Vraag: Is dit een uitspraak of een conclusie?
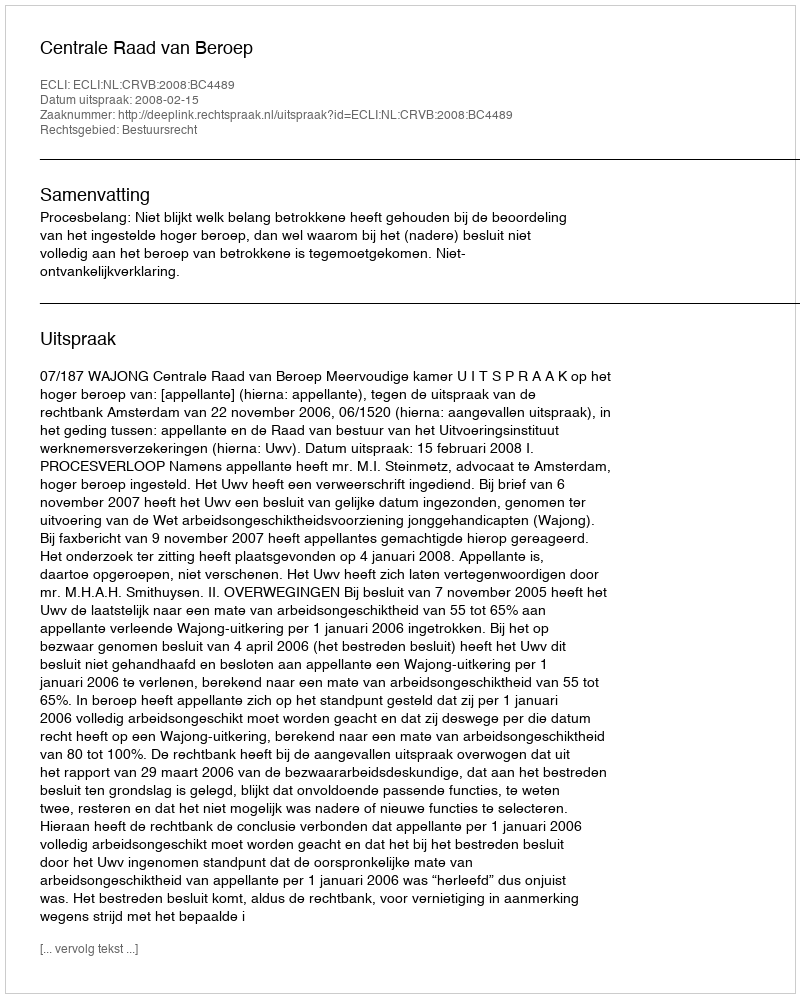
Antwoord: Uitspraak